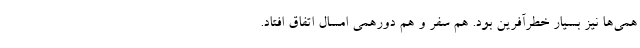
همی‌ها نیز بسیار خطرآفرین بود. هم سفر و هم دورهمی امسال اتفاق افتاد.